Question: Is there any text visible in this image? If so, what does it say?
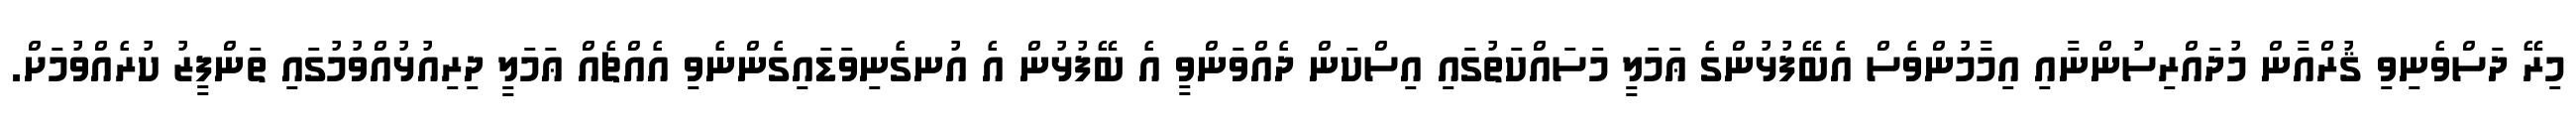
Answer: މިރޭ ދަސްވެނިވި ޤުރްއާން މުދައްރިސުންނާއި އިމާމުންވެސް އެބޭފުޅުންގެ ޢަމަލީ މަސައްކަތުގައި އިސްކަން ދެއްވަންވީ އެ ބޭފުޅުން އެ އުނގެނިވަޑައިގެންނެވި އެއްޗެއް ޢަމަލީ ދިރިއުޅުއްވުމުގައި ތަންފީޒު ކުރެއްވުމަށް.